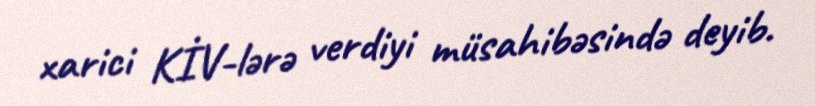
xarici KİV-lərə verdiyi müsahibəsində deyib.